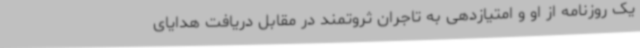
یک روزنامه از او و امتیازدهی به تاجران ثروتمند در مقابل دریافت هدایای